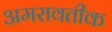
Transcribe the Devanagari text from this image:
अमरावतीक